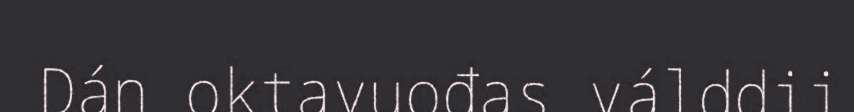
Dán oktavuođas válddii